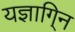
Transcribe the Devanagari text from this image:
यज्ञागि्न